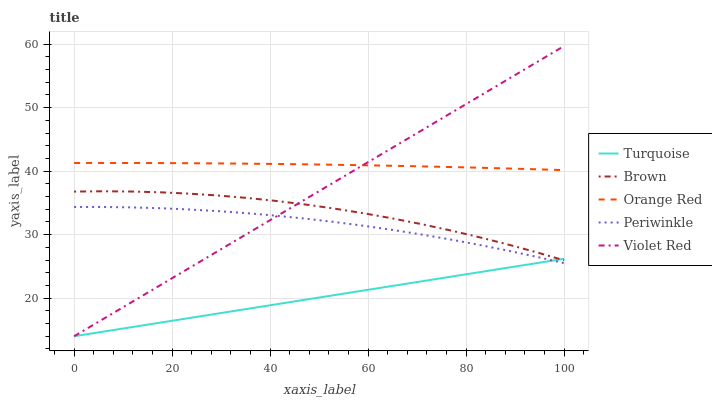
| xaxis_label | Turquoise | Brown | Orange Red | Periwinkle | Violet Red |
 | --- | --- | --- | --- | --- | --- |
 | 0 | 14 | 36.8 | 41.3 | 34.4 | 14 |
 | 5.88 | 14.7 | 36.8 | 41.3 | 34.4 | 16.7 |
 | 11.8 | 15.4 | 36.8 | 41.3 | 34.3 | 19.4 |
 | 17.6 | 16.2 | 36.7 | 41.3 | 34.2 | 22.1 |
 | 23.5 | 16.9 | 36.5 | 41.3 | 34 | 24.8 |
 | 29.4 | 17.6 | 36.2 | 41.2 | 33.7 | 27.4 |
 | 35.3 | 18.3 | 35.8 | 41.2 | 33.4 | 30.1 |
 | 41.2 | 19 | 35.3 | 41.1 | 33 | 32.8 |
 | 47.1 | 19.7 | 34.8 | 41.1 | 32.5 | 35.5 |
 | 52.9 | 20.5 | 34.1 | 41 | 32 | 38.2 |
 | 58.8 | 21.2 | 33.4 | 40.9 | 31.4 | 40.9 |
 | 64.7 | 21.9 | 32.6 | 40.9 | 30.8 | 43.6 |
 | 70.6 | 22.6 | 31.7 | 40.8 | 30.1 | 46.3 |
 | 76.5 | 23.3 | 30.7 | 40.7 | 29.3 | 49 |
 | 82.4 | 24 | 29.7 | 40.5 | 28.4 | 51.6 |
 | 88.2 | 24.8 | 28.5 | 40.4 | 27.5 | 54.3 |
 | 94.1 | 25.5 | 27.3 | 40.3 | 26.6 | 57 |
 | 100 | 26.2 | 26 | 40.2 | 25.5 | 59.7 |